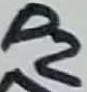
Text: P2